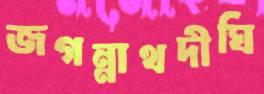
জগন্নাথদীঘি